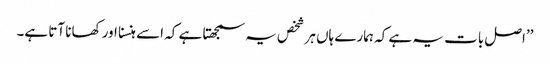
’’اصل بات یہ ہے کہ ہمارے ہاں ہر شخص یہ سمجھتا ہے کہ اسے ہنسنا اور کھانا آتا ہے۔